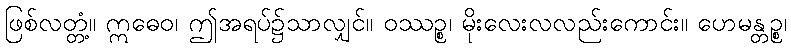
ဖြစ်လတ္တံ့။ ဣဓေဝ၊ ဤအရပ်၌သာလျှင်။ ဝဿဉ္စ၊ မိုးလေးလလည်းကောင်း။ ဟေမန္တဉ္စ၊